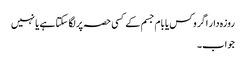
روزہ دار اگر وکس یا بام جسم کے کسی حصہ پر لگا سکتا ہے یا نہیں
جواب۔